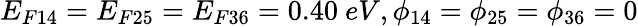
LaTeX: E_{F14}=E_{F25}=E_{F36}=0.40~eV,\phi_{14}=\phi_{25}=\phi_{36}=0